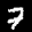
Label: 7